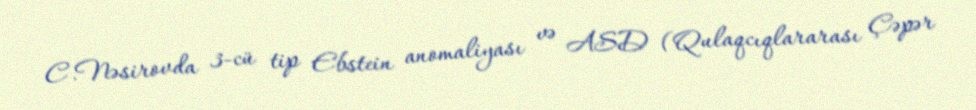
C.Nəsirovda 3-cü tip Ebstein anomaliyası və ASD (Qulaqcıqlararası Çəpər